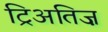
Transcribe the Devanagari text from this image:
ट्रिअतिज़